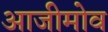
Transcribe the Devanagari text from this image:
आजीमोव